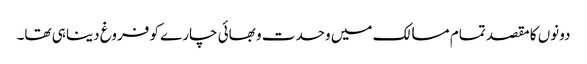
دونوں کا مقصد تمام مسالک میں وحدت و بھائی چارے کو فروغ دینا ہی تھا۔